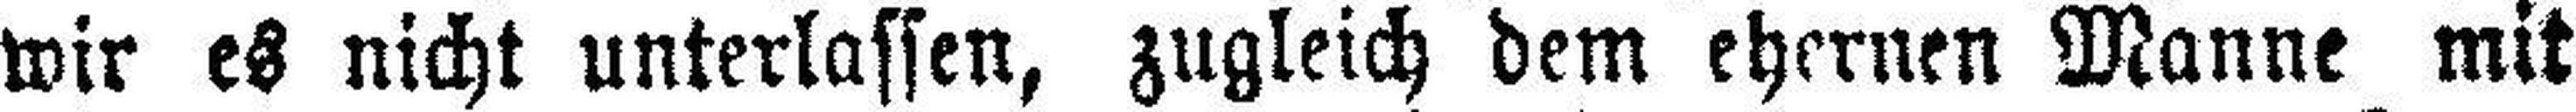
wir es nicht unterlassen, zugleich dem ehernen Manne mit